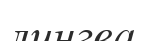
лингва